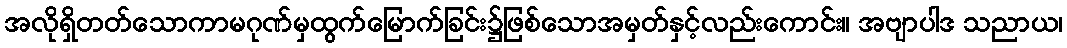
အလိုရှိတတ်သောကာမဂုဏ်မှထွက်မြောက်ခြင်း၌ဖြစ်သောအမှတ်နှင့်လည်းကောင်း။ အဗျာပါဒ သညာယ၊